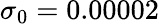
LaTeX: \sigma_{0}=0.00002